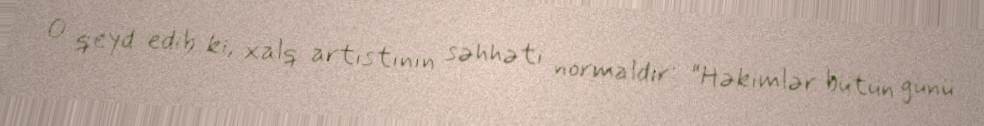
O qeyd edib ki, xalq artistinin səhhəti normaldır: “Həkimlər bütün günü